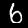
Label: 6